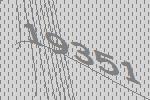
19351